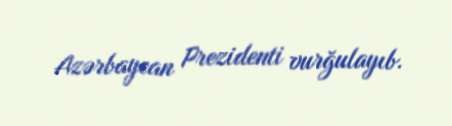
Azərbaycan Prezidenti vurğulayıb.